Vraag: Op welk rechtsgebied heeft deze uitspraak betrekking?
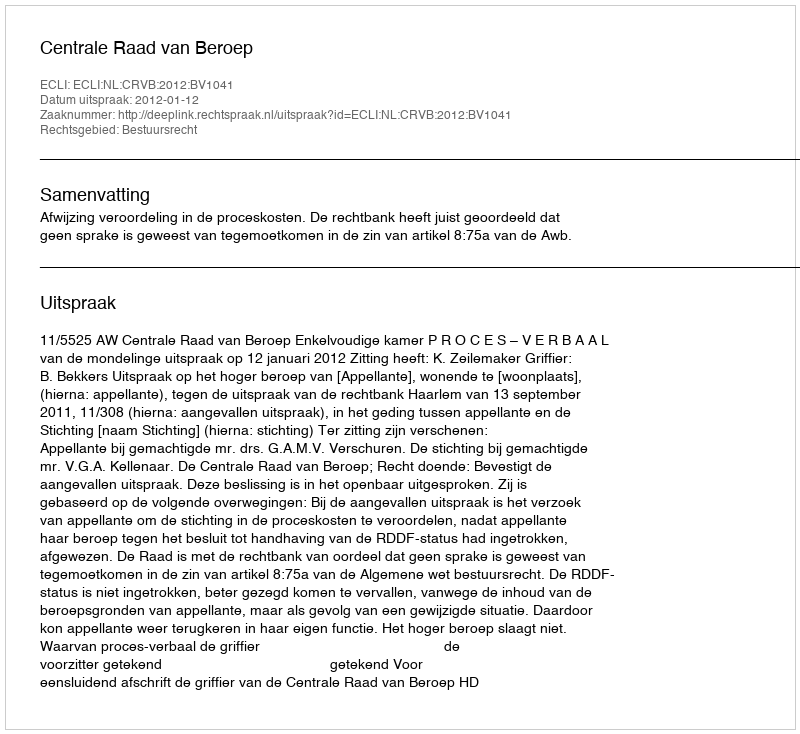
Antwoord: Bestuursrecht